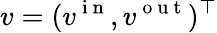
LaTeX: v=(v^{\mathrm{~i~n~}},v^{\mathrm{~o~u~t~}})^{\top}